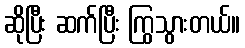
ဆိုပြီး ဆက်ပြီး ကြွသွားတယ်။